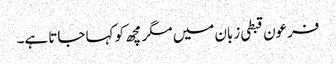
فرعون قبطی زبان میں مگرمچھ کو کہا جاتا ہے۔